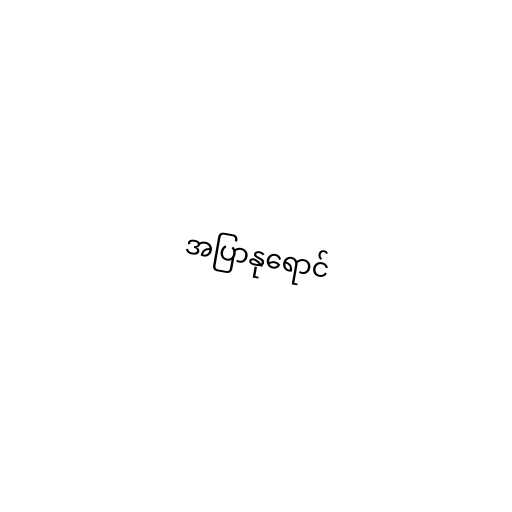
အပြာနုရောင်